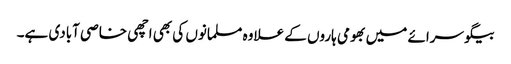
بیگو سرائے میں بھومی ہاروں کے علاوہ مسلمانوں کی بھی اچھی خاصی آبادی ہے۔